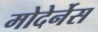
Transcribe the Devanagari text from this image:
मोदेर्नेस